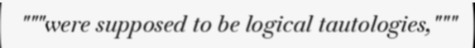
"""were supposed to be logical tautologies,"""